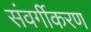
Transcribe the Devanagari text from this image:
संवर्गीकरण